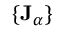
\{ \mathbf { J } _ { \alpha } \}